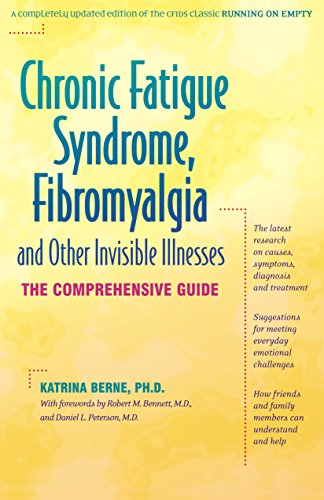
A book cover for Chronic Fatigue Syndrome, Fibromyalgia, and Other Invisible Illnesses: The Comprehensive Guide; Katrina Berne; Health, Fitness & Dieting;